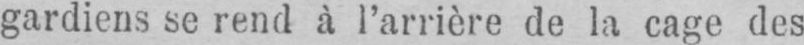
gardiens se rend à l’arrière de la cage des